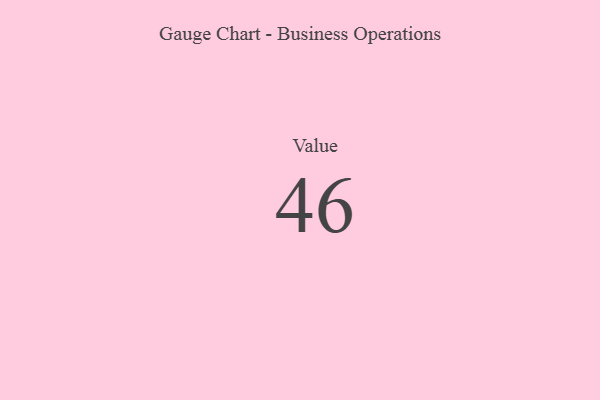
{"axis": {"x": "Metric", "y": "Value"}, "legend": [""], "data": [{"x": "Value", "y": 46, "type": ""}]}